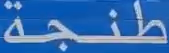
طنجة